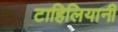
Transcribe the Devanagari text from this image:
टाहिलियानी